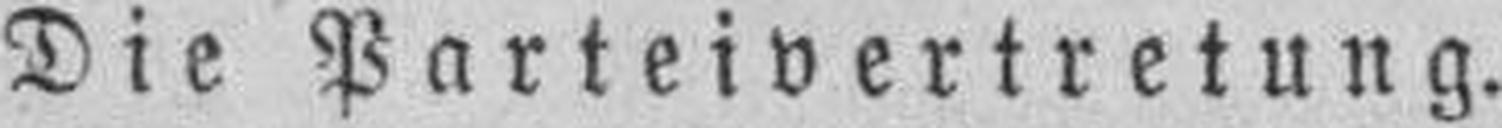
Die Parteivertretung.